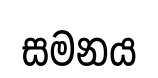
සමනය